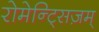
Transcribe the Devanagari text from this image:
रोमेन्ट्सिज़म्